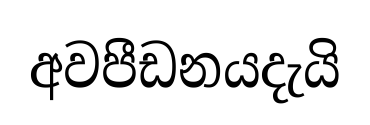
අවපීඩනයදැයි